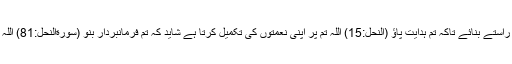
اللہ نے دریاجاری کیے اور قدرتی راستے بنائے تاکہ تم ہدایت پاؤ (النحل:15) اللہ تم پر اپنی نعمتوں کی تکمیل کرتا ہے شاید کہ تم فرمانبردار بنو (سورةالنحل:81) اللہ کے سوا کسی کو اپنا وکیل نہ بنانا۔